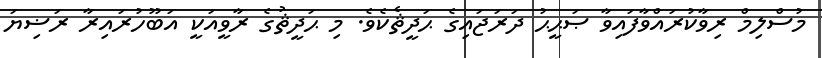
މުސްލިމް ރިވާކުރައްވާފައިވާ ޞަޙީޙު ދަރަޖައިގެ ޙަދީޘެކެވެ. މި ޙަދީޘުގެ ރާވީއަކީ އަބޫހުރައިރާ ރަޟިޔަ